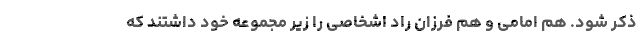
ذکر شود. هم امامی و هم فرزان راد اشخاصی را زیر مجموعه خود داشتند که